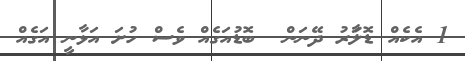
1 އެކެއް ޑޮލަާރު ދޭނަން  ބޮޑުުއަަގެެއްް ވެެސްް ހުށަ އަޅާނީ އަަގެއް